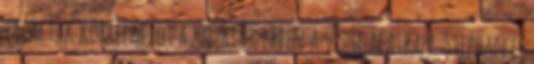
találtak korrelációt a kutatók ebben a vizsgálatban. Stephan és